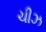
ચીઝ